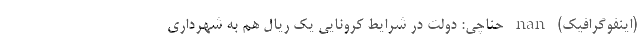
(اینفوگرافیک) nan حناچی: دولت در شرایط کرونایی یک ریال هم به شهرداری